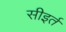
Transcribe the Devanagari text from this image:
सीइर्त